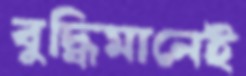
বুদ্ধিমানেই